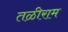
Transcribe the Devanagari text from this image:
तळीराम